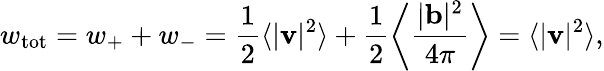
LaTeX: w_{\mathrm{tot}}=w_{+}+w_{-}=\frac{1}{2}\langle|{\mathbf v}|^{2}\rangle+\frac{1}{2}\left\langle\frac{|{\mathbf b}|^{2}}{4\pi}\right\rangle=\langle|{\mathbf v}|^{2}\rangle,